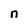
Character: n